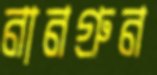
নানগ্রুন